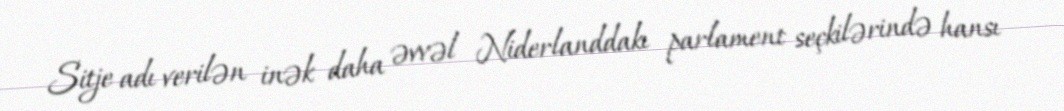
Sitje adı verilən inək daha əvvəl Niderlanddakı parlament seçkilərində hansı